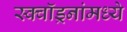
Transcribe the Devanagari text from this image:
स्क्वॉड्रनांमध्ये